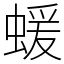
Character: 蝯